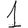
Digit: 1